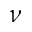
\nu